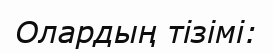
Олардың тізімі: